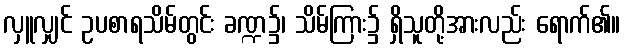
လှူလျှင် ဥပစာရသိမ်တွင်း ခဏ္ဍ၌၊ သိမ်ကြား၌ ရှိသူတို့အားလည်း ရောက်၏။